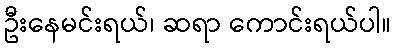
ဦးနေမင်းရယ်၊ ဆရာ ကောင်းရယ်ပါ။